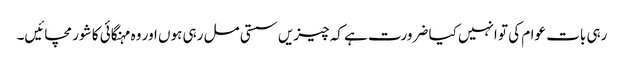
رہی بات عوام کی تو انہیں کیا ضرورت ہے کہ چیزیں سستی مل رہی ہوں اور وہ مہنگائی کا شور مچائیں۔